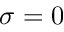
\sigma = 0